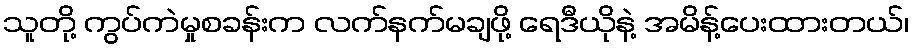
သူတို့ ကွပ်ကဲမှုစခန်းက လက်နက်မချဖို့ ရေဒီယိုနဲ့ အမိန့်ပေးထားတယ်၊